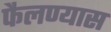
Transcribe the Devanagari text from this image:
फैलण्यास